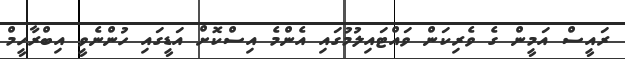
ރައީސް އަމީން ގެ ވެރިކަން ވައްޓައިލުމުގައި އެންމެ އިސްކޮށް އަޑީގައި ހުންނެވީ އިބްރާހީމް